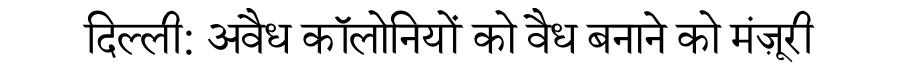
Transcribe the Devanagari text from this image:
दिल्ली: अवैध कॉलोनियों को वैध बनाने को मंज़ूरी